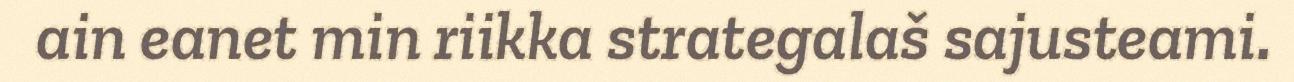
ain eanet min riikka strategalaš sajusteami.